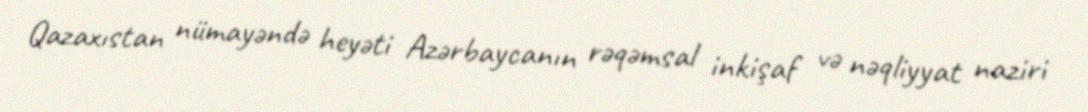
Qazaxıstan nümayəndə heyəti Azərbaycanın rəqəmsal inkişaf və nəqliyyat naziri